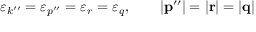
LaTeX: \varepsilon _ { k ^ { \prime \prime } } = \varepsilon _ { p ^ { \prime \prime } } = \varepsilon _ { r } = \varepsilon _ { q } , \qquad \left| { \bf p } ^ { \prime \prime } \right| = \left| { \bf r } \right| = \left| { \bf q } \right|